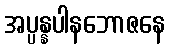
အပ္ပန္နပါနဘောဇနေ